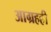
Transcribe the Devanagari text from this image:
आग्रहही